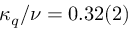
\kappa _ { q } / \nu = 0 . 3 2 ( 2 )